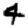
Digit: 4